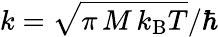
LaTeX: k=\sqrt{\pi\, M\, k_{\mathrm{B}}T}/\hbar